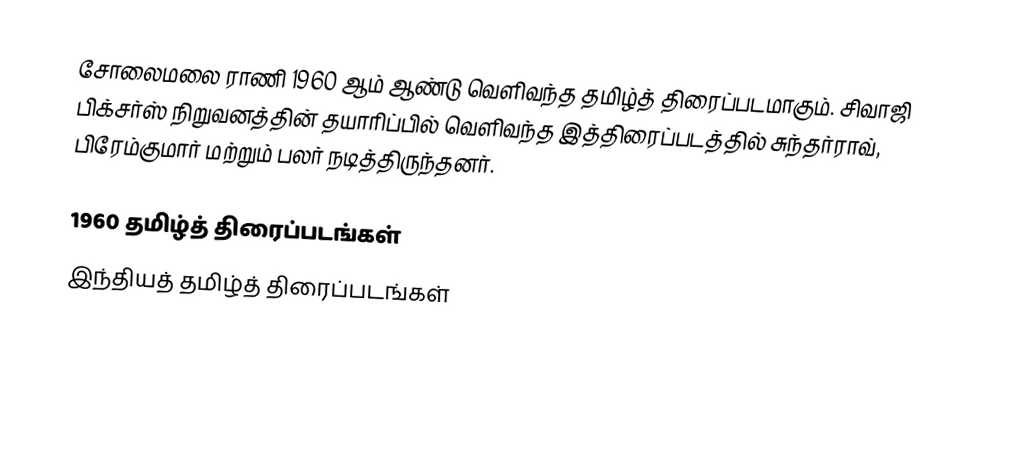
சோலைமலை ராணி 1960 ஆம் ஆண்டு வெளிவந்த தமிழ்த் திரைப்படமாகும். சிவாஜி பிக்சர்ஸ் நிறுவனத்தின் தயாரிப்பில் வெளிவந்த இத்திரைப்படத்தில் சுந்தர்ராவ், பிரேம்குமார் மற்றும் பலர் நடித்திருந்தனர்.

1960 தமிழ்த் திரைப்படங்கள்
இந்தியத் தமிழ்த் திரைப்படங்கள்